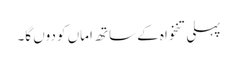
پہلی تنخواہ کے ساتھ اماں کو دوں گا۔